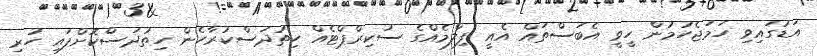
އަޑުގައިވި ހަމަޖެހުމުން ހީވީ އެބަސްތައް އެއީ ފިލްމެއްގެ ސުކިރްޕްޓެއް ހިތުދަސްކުރާހެން ހިތުދަސްކޮށްފައި ހުރި